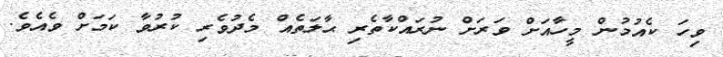
ވިހަ ކެއުމުން މީހާއަށް ވަރަށް ނުރައްކާތެރި ޙާލަތެއް މެދުވެރި ކުރުވާ ކަމަށް ވެއެވެ.